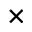
\times